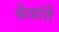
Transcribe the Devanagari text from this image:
सेवांते